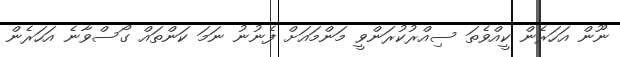
ނޫން އަހަރެން ކީއްވެތަ ސިއްރުކުރަންވީ މަންމައަށް ފެނުނު ނަމަ ކަންތައް ގޯސްވާނެ އަހަރެން